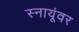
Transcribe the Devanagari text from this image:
स्नायूंवर